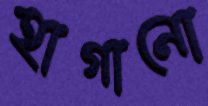
হাগানো